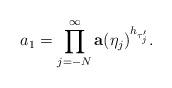
LaTeX: \begin{align*}a_1=\prod_{j=-N}^{\infty}\mathbf a(\eta_j)^{h_{\tau^{\prime}_j}}.\end{align*}